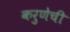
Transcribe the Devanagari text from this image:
करुणेची